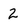
Character: 2